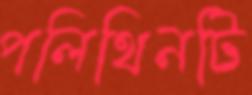
পলিথিনটি